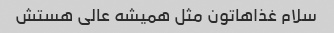
سلام غذاهاتون مثل همیشه عالی هستش